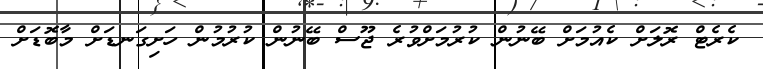
ކެރެޓް ރޮލަށް ކެއުމަށް ބޭނުން ކުރުމަށްވުރެ ޖޫސް ބޭނުން ކުރުމުން ހަށިގަނޑަށް މާބޮޑަށް